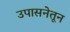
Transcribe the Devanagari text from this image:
उपासनेतून